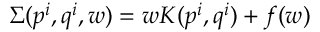
\Sigma ( p ^ { i } , q ^ { i } , w ) = w K ( p ^ { i } , q ^ { i } ) + f ( w )